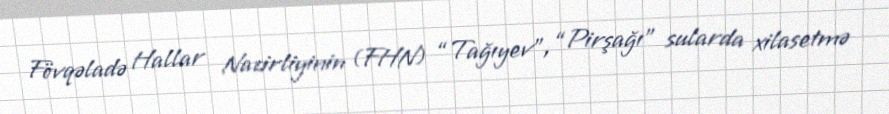
Fövqəladə Hallar Nazirliyinin (FHN) “Tağıyev”, “Pirşağı” sularda xilasetmə